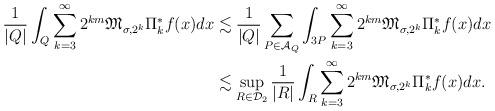
LaTeX: \begin{align*}\frac{1}{|Q|}\int_Q{\sum_{k=3}^{\infty}{2^{km}\mathfrak{M}_{\sigma,2^k}\Pi^*_kf(x)}}dx &\lesssim \frac{1}{|Q|}\sum_{P\in\mathcal{A}_Q}{\int_{3P}{\sum_{k=3}^{\infty}{2^{km}\mathfrak{M}_{\sigma,2^k}\Pi_k^*f(x)}}dx}\\&\lesssim \sup_{R\in\mathcal{D}_2}{\frac{1}{|R|}\int_R{\sum_{k=3}^{\infty}{2^{km}\mathfrak{M}_{\sigma,2^k}\Pi_k^*f(x)}}dx}.\end{align*}